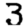
Digit: 3